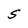
Character: S